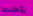
يأخذها